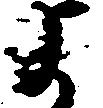
よ